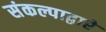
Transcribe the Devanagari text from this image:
संकल्पाद्वारे